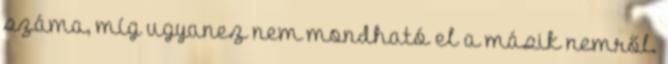
száma, míg ugyanez nem mondható el a másik nemről.